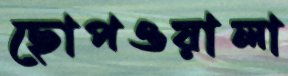
ছোপওয়ালা